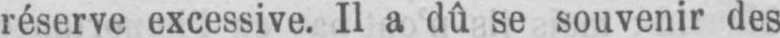
réserve excessive. Il a dû se souvenir des